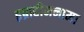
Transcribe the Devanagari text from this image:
इब्राहीमनामा